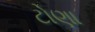
ટોણા